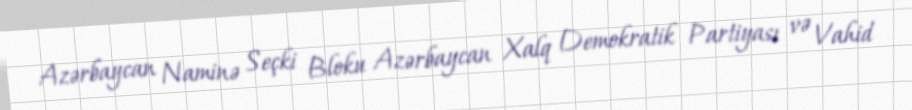
Azərbaycan Naminə Seçki Bloku Azərbaycan Xalq Demokratik Partiyası və Vahid